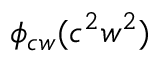
\phi _ { c w } ( c ^ { 2 } w ^ { 2 } )